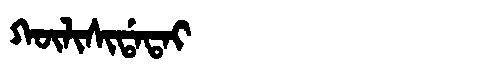
Manchu: ᡴᡡᠯᡳᠰᡳᡩᠠᡨᠠᡳ
Romanization: KŪLISIDATAI